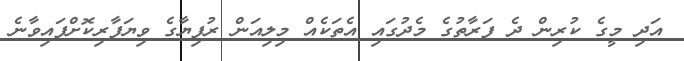
އަދި މީގެ ކުރިން ދެ ފަރާތުގެ މެދުގައި އެތަކެއް މިލިއަން ރުފިޔާގެ ވިޔަފާރިކޮށްފައިވާނެ